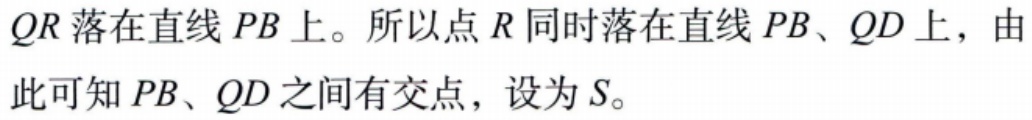
$QR$落在直线$PB$上。所以点$R$同时落在直线$PB$、$QD$上，由此可知$PB$、$QD$之间有交点，设为$S$。